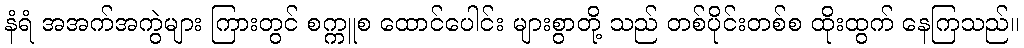
နံရံ အအက်အကွဲများ ကြားတွင် စက္ကူစ ထောင်ပေါင်း များစွာတို့ သည် တစ်ပိုင်းတစ်စ ထိုးထွက် နေကြသည်။